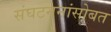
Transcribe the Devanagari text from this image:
संघटननांसोबत